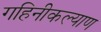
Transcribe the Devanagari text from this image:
गहिनीकल्याण